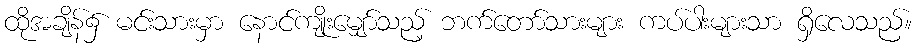
ထိုအချိန်၌ မင်းသားမှာ နောင်ကျိုးမျှော်သည့် ဘက်တော်သားများ ကပ်ပါးများသာ ရှိလေသည်။